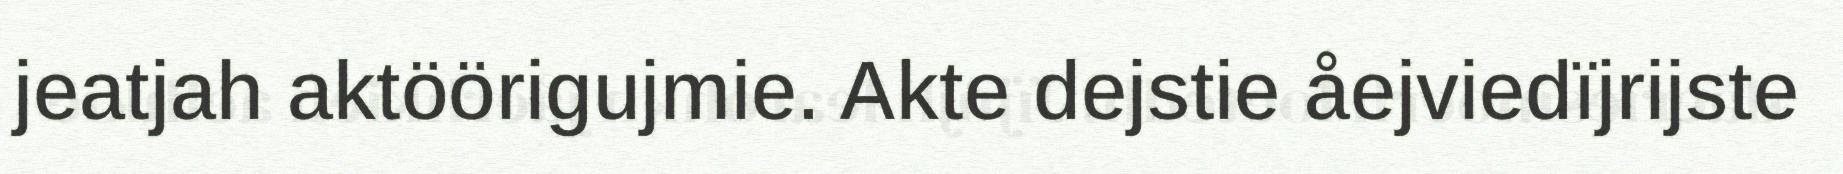
jeatjah aktöörigujmie. Akte dejstie åejviedïjrijste